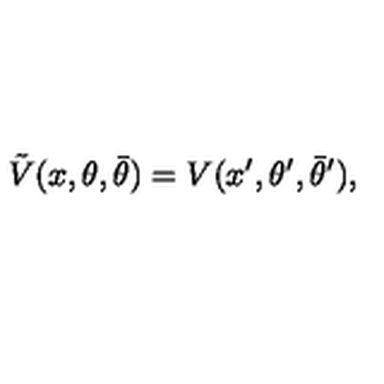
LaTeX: \tilde { V } ( x , \theta , \bar { \theta } ) = V ( x ^ { \prime } , \theta ^ { \prime } , \bar { \theta } ^ { \prime } ) ,